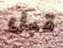
قبل